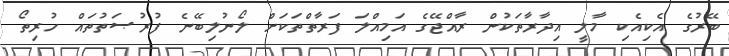
ބޭރުގެ އެކިއެކި މާލީ އިދާރާތަކުން ރާއްޖޭގެ އަމިއްލަ ފަރާތްތަކަށް ލޯނުލިބޭނެ ފުރުޞަތުތައް ހުރިތޯ